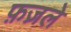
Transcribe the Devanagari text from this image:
फ़ज़ले